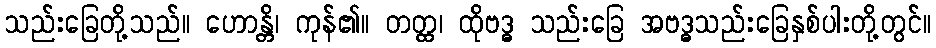
သည်းခြေတို့သည်။ ဟောန္တိ၊ ကုန်၏။ တတ္ထ၊ ထိုဗဒ္ဓ သည်းခြေ အဗဒ္ဓသည်းခြေနှစ်ပါးတို့တွင်။